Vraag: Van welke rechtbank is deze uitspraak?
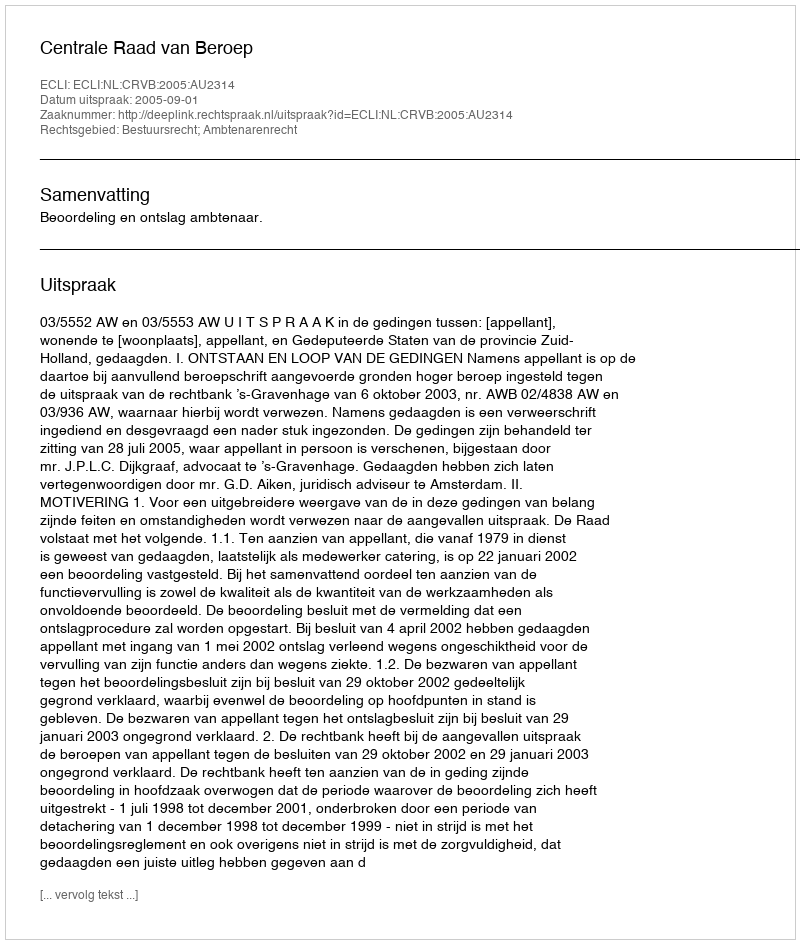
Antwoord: Centrale Raad van Beroep